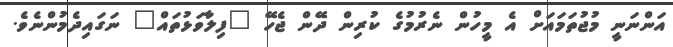
އަންނަނީ މުޖުތަމައަށް އެ މީހުން ނެރުމުގެ ކުރިން ދޭން ޖެހޭ "ފިލާވަޅުތައް" ނަގައިދެމުންނެވެ.